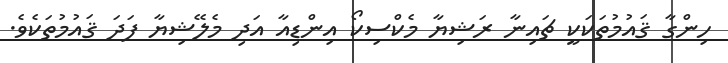
ހިންގާ ޤައުމުތަކަކީ ޗައިނާ ރަޝިޔާ މެކްސިކޯ އިންޑިއާ އަދި މެލޭޝިޔާ ފަދަ ޤައުމުތަކެވެ.